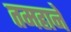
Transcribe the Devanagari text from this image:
तमहाने